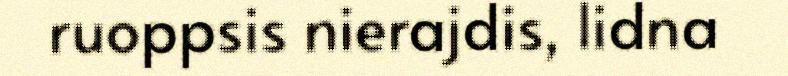
ruoppsis nierajdis, lidna